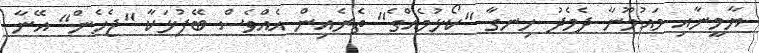
ޔާމީނާއި މައުމޫނާ ދެމެދު ހިނގާ "ކޯޅުމެއްގެ" ތެރެއިން އެއްވެސް ބޭފުޅަކާ "ޖެހެން" އޭނާ